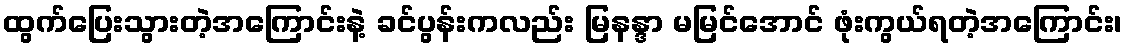
ထွက်ပြေးသွားတဲ့အကြောင်းနဲ့ ခင်ပွန်းကလည်း မြနန္ဒာ မမြင်အောင် ဖုံးကွယ်ရတဲ့အကြောင်း၊